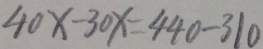
4 0 x - 3 0 x = 4 4 0 - 3 1 0